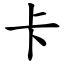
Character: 卡